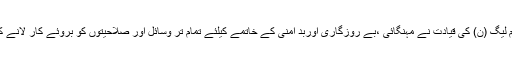
انہوں نے کہا کہ مسلم لیگ (ن) کی قیادت نے مہنگائی ،بے روزگاری اوربد امنی کے خاتمے کیلئے تمام تر وسائل اور صلاحیتوں کو بروئے کار لانے کا عزم کر رکھا ہے ۔